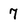
Character: 7